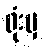
ရုံးမှ